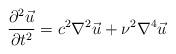
LaTeX: \begin{align*}{{\partial^2{\vec u}}\over {\partial t^2}}=c^2 {\nabla^2}{\vec u}+\nu^2{\nabla^4}{\vec u}\end{align*}